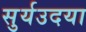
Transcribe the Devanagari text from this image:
सुर्यउदया